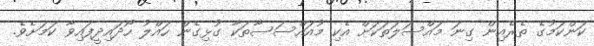
ކަންކަމުގެ ތެރެއިން ގިނަ މައްސަލަތަކަށް އެކި މުއައްސަސާތަކާ ގުޅިގެން ހައްލު ހޯދައިދީފައިވާ ކަމަށެވެ.